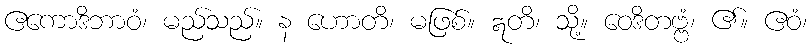
ဧကောဒိဘာဝံ၊ မည်သည်။ န ဟောတိ၊ မဖြစ်။ ဣတိ၊ သို့။ ဝေဒိတဗ္ဗံ၊ ၏။ ဧဝံ၊